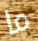
ما